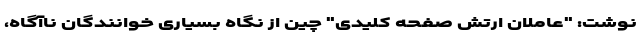
نوشت: "عاملان ارتش صفحه کلیدی" چین از نگاه بسیاری خوانندگان ناآگاه،